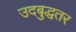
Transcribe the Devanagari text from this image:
उदबुद्धतर